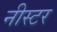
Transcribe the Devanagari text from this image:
नीस्टर